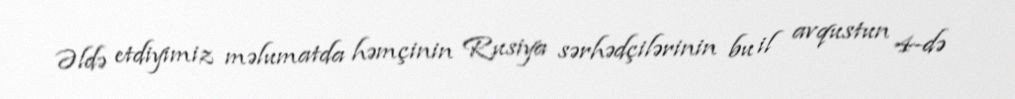
Əldə etdiyimiz məlumatda həmçinin Rusiya sərhədçilərinin bu il avqustun 4-də